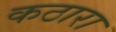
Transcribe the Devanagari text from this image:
कठारा